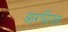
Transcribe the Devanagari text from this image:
आरफीयस